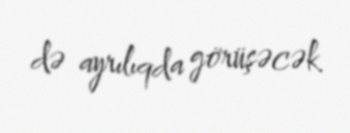
də ayrılıqda görüşəcək.